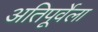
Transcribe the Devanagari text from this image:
अतिपूर्वेला